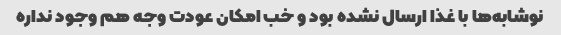
نوشابه‌ها با غذا ارسال نشده بود و خب امکان عودت وجه هم وجود نداره